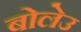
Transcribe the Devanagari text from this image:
बोलेउ